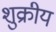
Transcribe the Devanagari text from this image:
शुक्रीय